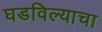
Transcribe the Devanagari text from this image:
घडविल्याचा